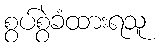
စွပ်စွဲခံထားရသူ